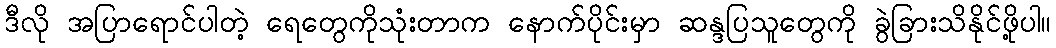
ဒီလို အပြာရောင်ပါတဲ့ ရေတွေကိုသုံးတာက နောက်ပိုင်းမှာ ဆန္ဒပြသူတွေကို ခွဲခြားသိနိုင်ဖို့ပါ။